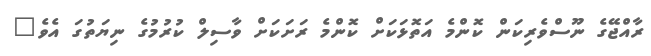
ރާއްޖޭގެ ނޫސްވެރިކަން ކޮންމެ އަތޮޅަކަށް ކޮންމެ ރަށަކަށް ވާސިލް ކުރުމުގެ ނިޔަތުގަ އެވެ"